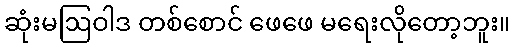
ဆုံးမဩဝါဒ တစ်စောင် ဖေဖေ မရေးလိုတော့ဘူး။